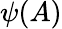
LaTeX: \psi(A)